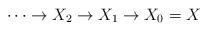
LaTeX: \begin{align*}\cdots \to X_2\to X_1\to X_0=X\end{align*}